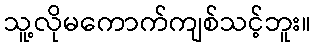
သူ့လိုမကောက်ကျစ်သင့်ဘူး။